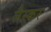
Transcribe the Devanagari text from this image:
लैस्कर